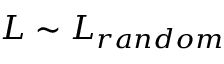
L \sim L _ { r a n d o m }